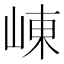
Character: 崠